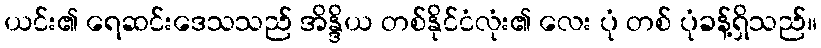
ယင်း၏ ရေဆင်းဒေသသည် အိန္ဒိယ တစ်နိုင်ငံလုံး၏ လေး ပုံ တစ် ပုံခန့်ရှိသည်။